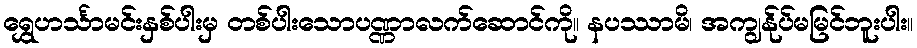
ရွှေဟင်္သာမင်းနှစ်ပါးမှ တစ်ပါးသောပဏ္ဏာလက်ဆောင်ကို။ နပဿာမိ၊ အကျွန်ုပ်မမြင်ဘူးပါး။